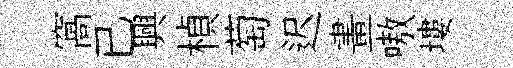
窩已興楨萄迟畫嗷塿